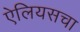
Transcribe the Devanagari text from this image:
ऐलियसचा